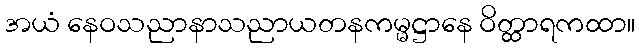
အယံ နေဝသညာနာသညာယတနကမ္မဋ္ဌာနေ ဝိတ္ထာရကထာ။